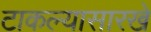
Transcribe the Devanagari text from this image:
टाकल्यासारखे